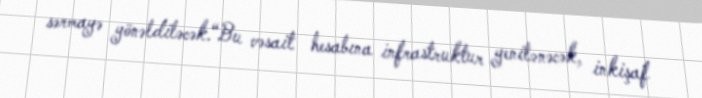
sərmayə yönəldiləcək.“Bu vəsait hesabına infrastruktur yenilənəcək, inkişaf